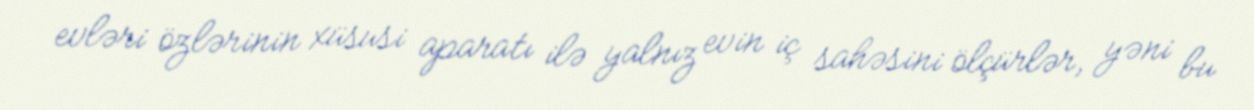
evləri özlərinin xüsusi aparatı ilə yalnız evin iç sahəsini ölçürlər, yəni bu